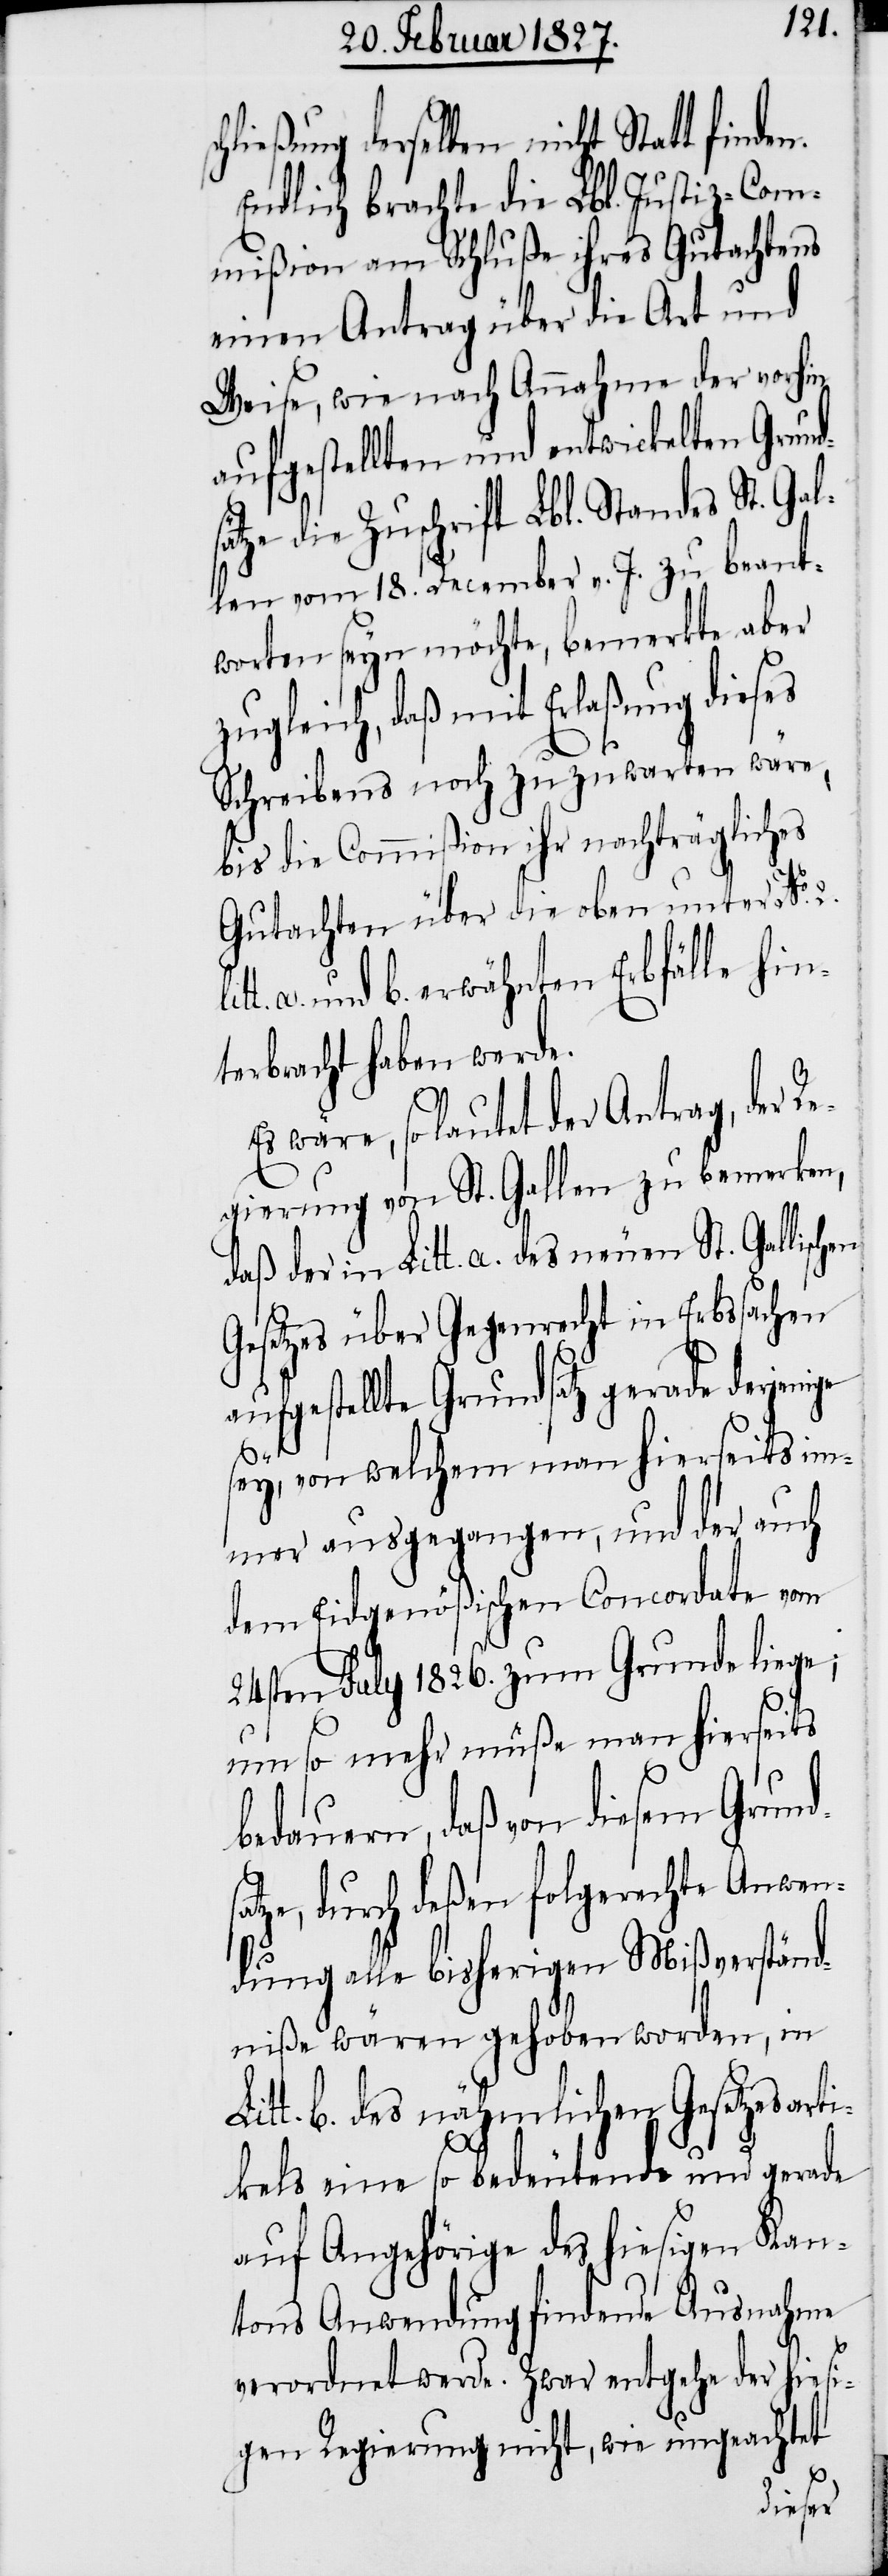
hließung derselben nicht Statt finden.
Endlich brachte die Lbl. Justiz-Com¬
mißion am Schluße ihres Gutachtens
einen Antrag über die Art und
Weise, wie nach Annahme der vorhin
aufgestellten und entwickelten Grund¬
sätze die Zuschrift Lbl. Standes St. Gal¬
len vom 18. December v. J. zu beant¬
worten seyn möchte, bemerkte aber
zugleich, daß mit Erlaßung dieses
Schreibens noch zuzuwarten wäre,
bis die Commißion ihr nachträgliches
Gutachten über die oben unter No.
a. und b. erwähnten Erbfälle hin¬
terbracht haben werde.
wäre, so lautet der Antrag, der R¬
egierung von St. Gallen zu bemerken,
daß der in Litt. a. des neuen St. Gallisch¬
Gesetzes über Gegenrecht in Erbsachen
aufgestellte Grundsatz gerade derjeni¬
sey, von welchem man hierseits im¬
mer ausgegangen, und der auch
dem Eidgenößischen Concordate vom
24sten July 1826. zum Grunde liege;
s¬
um so mehr müße man hierseits
bedauern, daß von diesem Grund¬
atze, durch deßen folgerechte Anwen¬
dung alle bisherigen Mißverständ¬
niße wären gehoben worden, in
b. des nähmlichen Gesetzesart¬
ikels eine so bedeutende und gerade
auf Angehörige des hiesigen Kan¬
tons Anwendung findende Ausnahme
verordnet werde. Zwar entgehe der hiesi¬
gen Regierung nicht, wie ungeachtet